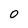
Character: 0